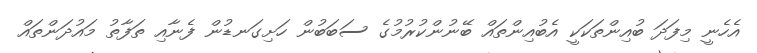
އެހެނީ މިފަދަ ބުއިންތަކަކީ އެބުއިންތައް ބޭނުންކުރުމުގެ ސަބަބުން ހަށިގަނޑުން ފެނާއި ތަފާތު މައުދަންތައް